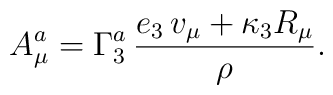
A_\mu^a =\Gamma^a_3\,{e_3\,v_\mu +\kappa_3 R_\mu\over\rho}.